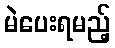
မဲပေးရမည့်